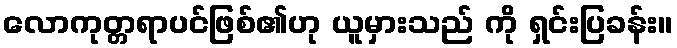
လောကုတ္တရာပင်ဖြစ်၏ဟု ယူမှားသည် ကို ရှင်းပြခန်း။